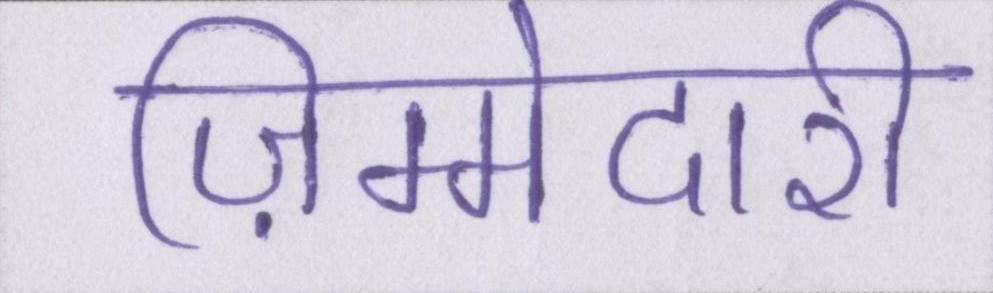
ज़िम्मेदारी